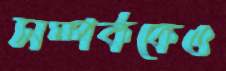
সম্পর্ককেও